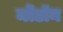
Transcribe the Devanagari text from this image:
मोंडॉन